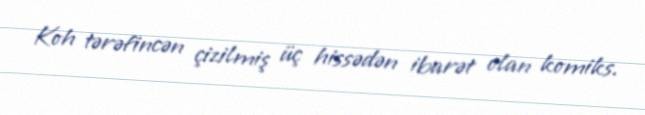
Koh tərəfincən çizilmiş üç hissədən ibarət olan komiks.